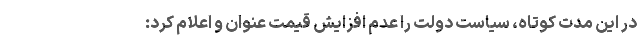
در این مدت کوتاه، سیاست دولت را عدم افزایش قیمت عنوان و اعلام کرد: